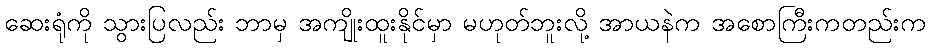
ဆေးရုံကို သွားပြလည်း ဘာမှ အကျိုးထူးနိုင်မှာ မဟုတ်ဘူးလို့ အာယနဲက အစောကြီးကတည်းက